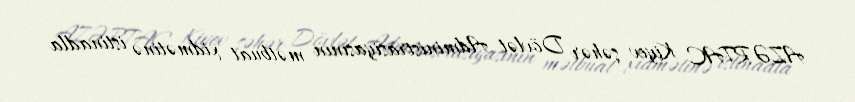
AZƏRTAC Kiyev şəhər Dövlət Administrasiyasının mətbuat xidmətinə istinadla